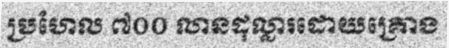
ប្រហែល ៧០០ លានដុល្លារដោយគ្រោង